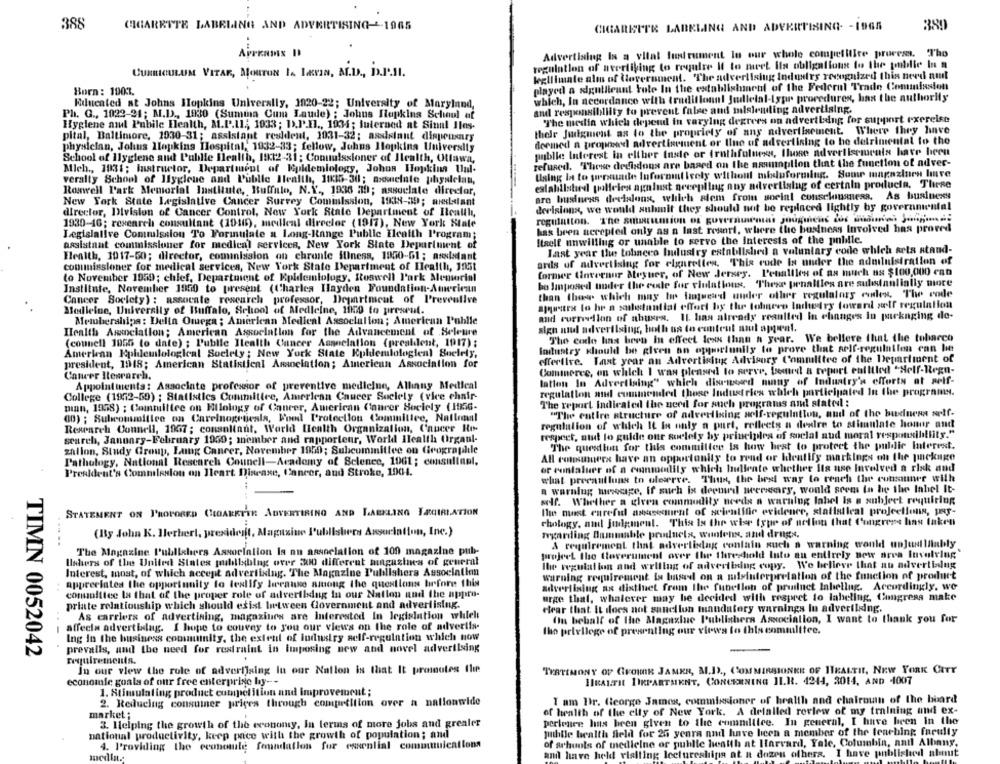
388
CIGARETTE LABELING AND ADVERTISING -- 1965
CIGARETTE LABELING AND ADVERTISING. - IDGS
380
Advertising Is a vital lustrument In our whole competitive process. Tho
regulation of avertiking to require Il to niet ils obligations to the public In
CURRICULUM VITAE, MouTON 1. IvaN, A.D ., D.P.II.
legllimate alm of Government. The advertising Industry recognized this need amt
Born: 1001.
played a significant role In the establishment of the Federal Trade Commission
which, In accordance with tradiflonnl Judicial-typr procedures, has the authority
Educated at Johns Hopkins University, 1020-22; University of Maryland,
Ph. G ., 1022-21; M.D ., 1930 (Summa Cum Laude) ; Johns Hopkins School of
and responsibility to prevent false and milslending advertising.
The media which depend in varylng degrees on advertbang for support exercise
Hygiene al Pubile Health, M.P.LL; 1033; D.P.I ., 1934; futerned at Sinal Iles-
thele Judgment as to the propriety of any advertisement. Where they have
pital, Baltimore, 1030-31; assistant resident, 1031-32; assistant dispensary
deemed a propneed advertisement or Ilne of advertising to be detrimental to the
physician, Johns Hopkins Hospital, 1932-33; fellow, Johns Hopkins University
publie Interest in elther taste or truthfulness, those advertisemeals have been
School of Ilyglene and Publie Health, 182-31; Connuissioner of Health, Ottawa,
Mich ., 1931; Instructor, Department of Epidemiology, Johns Hopkins Unl-
refused. These deelsdons are based on the assumption that the function of adver-
Using la to persuade Infornit ively without mbduformlug. Some magazines lure
veraity School of Hygiene and Public Health, 1835-30; axsuelate physician,
established policies agnlust greepling any advertising of certain producin, These
Roswell Park Memorial Institute, Buffalo, N.Y ., 1936 39; associate director,
aro business devislons, which alem from social conschiusness. As business
New York State Legislative Cancer Survey Commission, 1938-39; auxblant
derisions, we would submit they should not be replaced lightly by governmental
director, Division of Cancer Control, New York State Department of Ilcaill,
regulation. The smurunion of goreramas jougmenc Los maduros 3 ........;
1930-16; research consultant (1016), medieal dirceler (1917), New York State
has been accepted only as a last resort, where the business Involved has proved
Legislative Commission To Forinulate a Long-Range Public Elealth Program:
assistant commissioner for medical services, New York State Department of
Itself unwilllug or unable to serve the Interests of the pnlille.
last year the tolanero hulusiry established a voluntary code which sets stand-
Health, 3017-50; director, cominission an chrante fulness, 1950-01 ; assistant
ands of advertising for elgurelles. This code Is under the administration of
conunissioner for medical services, New York State Department of Health, 1951
former Unvernur Seyuer, of New Jersey. Penallles of as much as $100,000 can
to November 1959; chlef, Department of Epidemiology, Roswell Park Memorial
bo Janposed under the code for viulations. These penalties are suledanlially more
Institute, November 1950 to present (Charles Hayden Foundation-American
Cancer Society) : assocate research professor, Department of Preveulive
than those which may tor languewd under oller regulatory eudes. The code
ajustes lo hr a sadetantiat effort by the tobacco Industry toward self regulation
Medleine, University of Buffalo, School of Medicine, 1029 to preseul.
Memberships: Della Omega; American Medical Assoclalion; American P'uhlle
and rurrollan of abuses. Il. has already resulted In changes in packaging de-
sign and advertising, both us to content mut appeal.
Health Association; American Association for the Advancement of Seleure
The code has been In effect less than a year. We believe that the tobacco
(connell 1055 to date) ; Public Ilealth Cancer Assnelallon (president, 1917);
industry should be given an opportunity to prove that arlf-regulation can be
American Kphdemlological Society; New York State Epidemiologieal Snelely,
Mlertive. Last year an Advertising Advisory Committee of the Department of
president, 1918; American Statistical Association; American Association for
Commerce, on which I was pleased to serve, fremed a report entitled "Self-Regn-
Cancer Ilewrarch.
lation In Advertising" which dismoed many of Industry's efforts at self-
Appointments: Associate professor of preventive medicine, Allinny Medleal
College (1972-59) ; Statistics Committee, American Cancer Society (vice chair-
regulation and commended those Industries which participated In the programs.
The report indicated the need for such programs and statevl :
mian, 1958) ; Committee on Ellology of Cancer, American Cancer Soclely (115G-
"The entire structure of advertising self-regulation, and of the bwduesa self-
80) ; Subcommittee on Carelnogetjesla, Wood Protection Committee, Nallemal
Research Connell, 1967; consultant, World Health Organization, Cancer Ro-
regulation of which It is only a part, reflects a desire to stimulate honor and
respect, atut lo guide our soclely by principles of social and moral responsibility."
search, January-February 1939; member and rapporteur, World Health Orgaul-
zallon, Study Group, Lung Cancer, November 1950; Subcommittee on Geographile
The question for this commillee is how best to protect the public Interest.
All consmuera have an opportunity to read or hlentify markings on the package
Pathology, National Research Council-Academy of Science, 1061 ; consultant,
Prealdent's Commission on Heart Disease, Cancer, and Stroke, 1904.
or ronlaluer of a ownmodlily which Indicate whether its use involved a risk and
what precautions to uleserre. Thus, the best way to reach the consumer with
a warnlug message, if such is derous wereary, would seems in be the Inhel It-
self. Whether a given commodity needs a warning label is a subject requiring
STATEMENT ON PROPORED CIGARETTE ADVERTISING AND LABELING TEGIRLATION
The most enrefil assesment of scientific evidence, statistical projections, per-
chology, and Judgment. This Is the wise type of notion that Congress has taken
(By John K. Herbert, president, Magazine l'ublishers Association, Inc.)
regarding Bummable products, wantens, and drugs,
The Magazine Publishers Association Is nu aasnelation of 100 magazine pub-
& requirement that advertising conlain such a warning would unjud liubly
project the ttoverument over the threshold Into an entirely new area Involving
Ishers of the United States jablbiblng over 300 different magazines of general
the regulation and welllug of advertising copy. We believe that an advertialug
Interest, most, of which accept advertising. The Magazine Publishers Association
warning requirement is based on a misinterpretation of the function of product
appreciates the opportunity to testify lecause among the questlons before this
advertising ax distinct from the fubellon of prudnet labellug. Accordingly. we
conuolitec la that of the proper role of advertising In our Nation and the appro-
urge that, whatever may be decided with respret to labeling, Congress make
priate relationship which should esist Intween Government and advertising.
Hear that It does not sanellun mandatory warnings In advertising.
As carriers of advertising, magazines are interested In legislation whilel
(In behalf of the Magazine Publishers Association, I want to thank you for
affecia advertising. I hope to convey to you our views on the role of advertis-
the privilege of prey
ating our views to this committee.
Ing in the business conmunity, the extent of industry self-regulation which now
prevalls, and the need for restraint in Imposing new and novel advertising
TIMN 0052042
requirements.
In our view the role of advertising In our Nation is that It promotes Ile
TYATIMONY OP GROHE JAMKR, MI.I) ., COMMIRSIONKE OF ITKALTIL, NEW YORK CITY
economie goals of our free enterprise by ---
HEALTH DEPARTMENT, CONCERNING IL.R. 4244, 3014, AND 4007
1. Stimulating product competition and Improvement ;
2. Reducing consumer prices through competition over a nationwide
I am Dr. George James, commissioner of health and chairown of the board
of health of the elly of New York. A delalled review of my training and ex-
market ;
3. Helping the growth of the economy, In terms of more jobs and grealer
perience has been given to the comandiice. In general, I have been in the
national productivity, keep pace with the growth of population; and
Jutbile bealth field for 25 years and have been a member of the teaching faculty
of arhuols of medicine of public health at Harvard, Yale, Columbia, antl Albany,
4. Providing the economile foundation for essential communications
medin .:
and have held visiting lectureships at it dozen others.
have published about